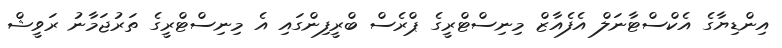
އިންޑިޔާގެ އެކްސްޓާނަލް އެފެއާޒް މިނިސްޓްރީގެ ޕްރެސް ބްރީފިންގައި އެ މިނިސްޓްރީގެ ތަރުޖަމާނު ރަވީޝް